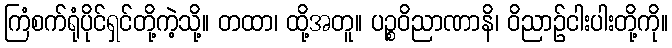
ကြံစက်ရုံပိုင်ရှင်တို့ကဲ့သို့။ တထာ၊ ထို့အတူ။ ပဉ္စဝိညာဏာနိ၊ ဝိညာဉ်ငါးပါးတို့ကို။